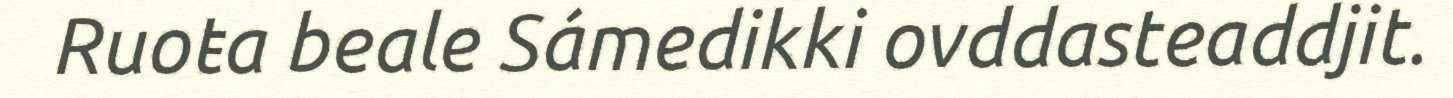
Ruoŧa beale Sámedikki ovddasteaddjit.